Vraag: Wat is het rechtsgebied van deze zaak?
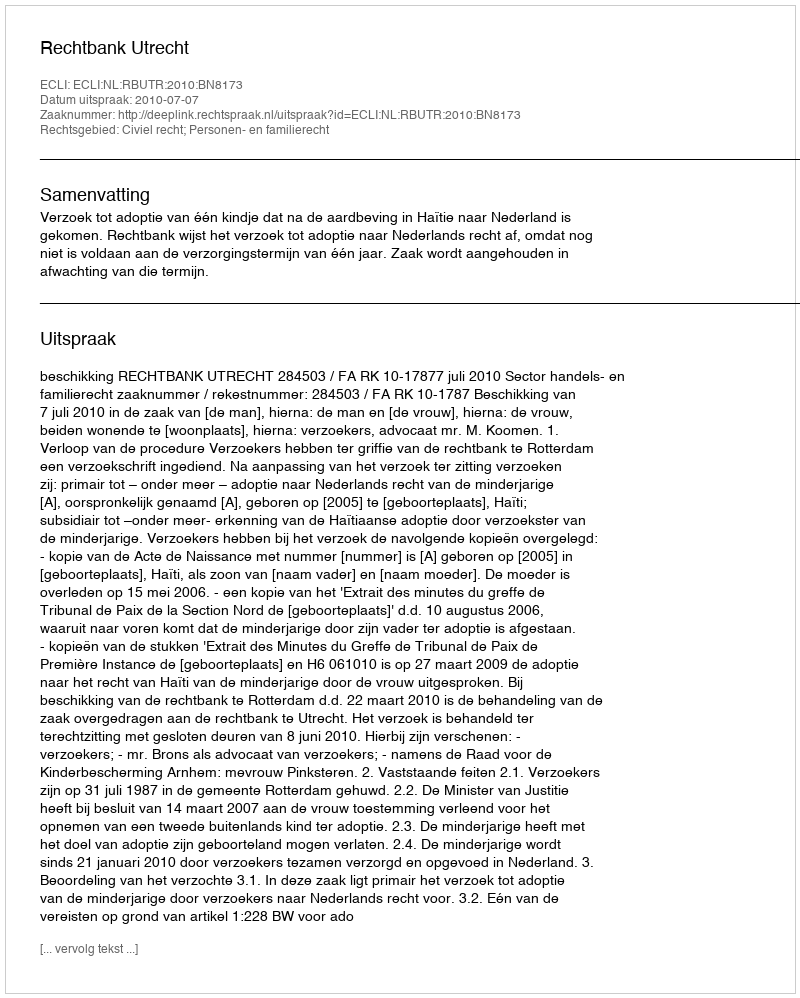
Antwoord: Civiel recht; Personen- en familierecht